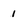
Character: 1